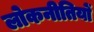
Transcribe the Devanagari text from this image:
लोकनीतियों